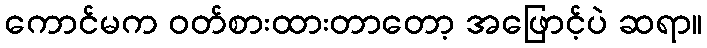
ကောင်မက ဝတ်စားထားတာတော့ အဖြောင့်ပဲ ဆရာ။